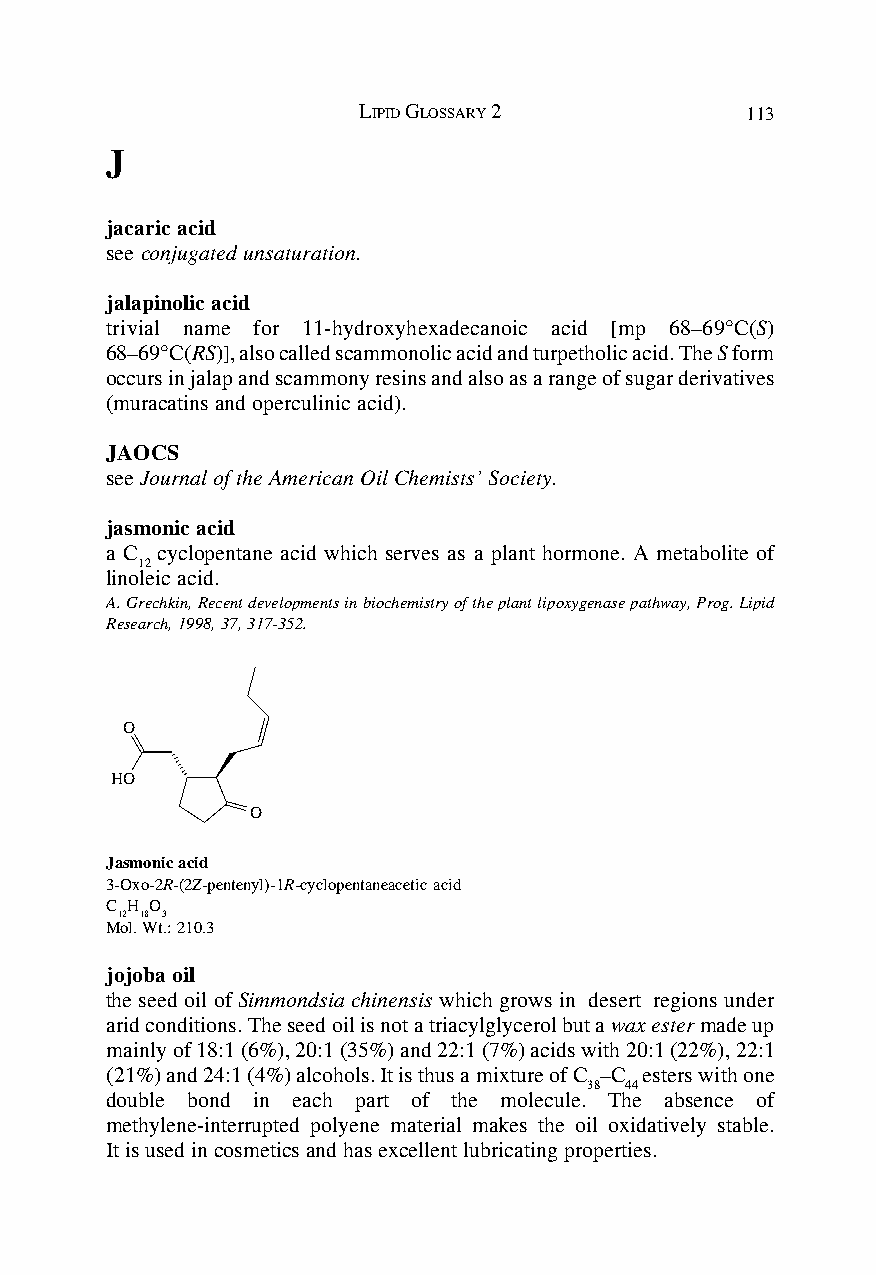
LIPID GLOSSARY 2         113
 J
 jacaric acid
 see conjugated unsaturation.
 jalapinolic acid
 trivial name for 11-hydroxyhexadecanoic acid [mp 68–69°C(S)
 68–69°C(RS)], also called scammonolic acid and turpetholic acid. The S form
 occurs in jalap and scammony resins and also as a range of sugar derivatives
 (muracatins and operculinic acid).
 JAOCS
 see Journal of the American Oil Chemists’ Society.
 jasmonic acid
 a C cyclopentane acid which serves as a plant hormone. A metabolite of
 12
 linoleic acid.
 A. Grechkin, Recent developments in biochemistry of the plant lipoxygenase pathway, Prog. Lipid
 Research, 1998, 37, 317-352.
 O
 HO
 O
 Jasmonic acid
 3-Oxo-2R-(2Z-pentenyl)-1R-cyclopentaneacetic acid
 C H O
 12 18 3
 Mol. Wt.: 210.3
 jojoba oil
 the seed oil of Simmondsia chinensis which grows in desert regions under
 arid conditions. The seed oil is not a triacylglycerol but a wax ester made up
 mainly of 18:1 (6%), 20:1 (35%) and 22:1 (7%) acids with 20:1 (22%), 22:1
 (21%) and 24:1 (4%) alcohols. It is thus a mixture of C –C esters with one
 38 44
 double bond in each part of the molecule. The absence of
 methylene-interrupted polyene material makes the oil oxidatively stable.
 It is used in cosmetics and has excellent lubricating properties.